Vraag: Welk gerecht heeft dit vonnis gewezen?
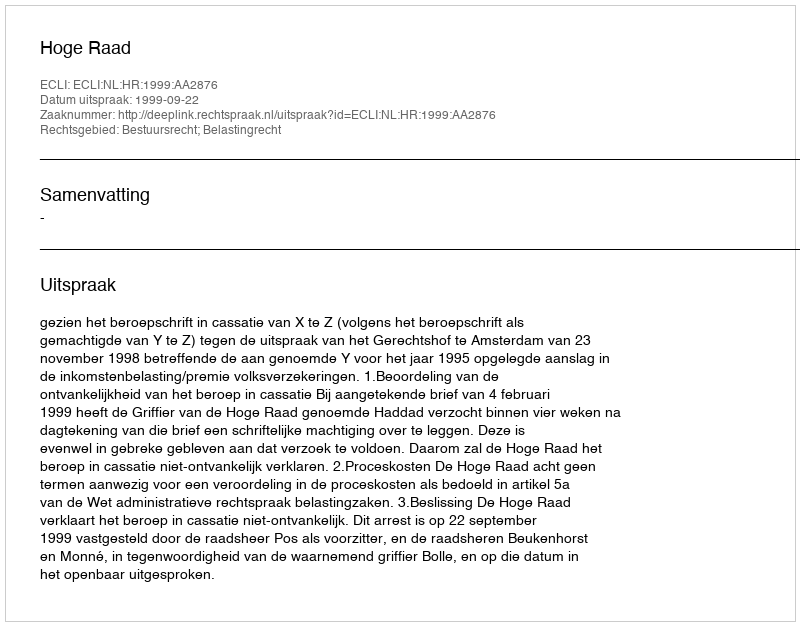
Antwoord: Hoge Raad